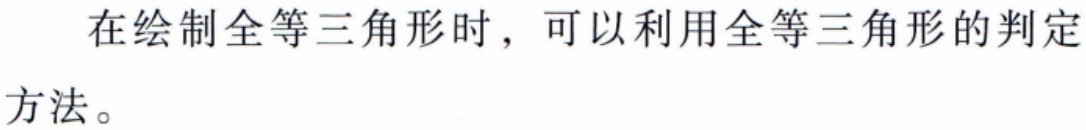
在绘制全等三角形时，可以利用全等三角形的判定方法。